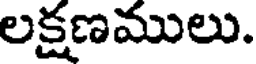
లక్షణములు.